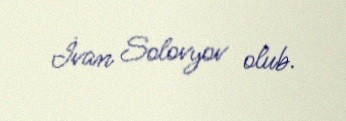
İvan Solovyov olub.